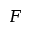
F